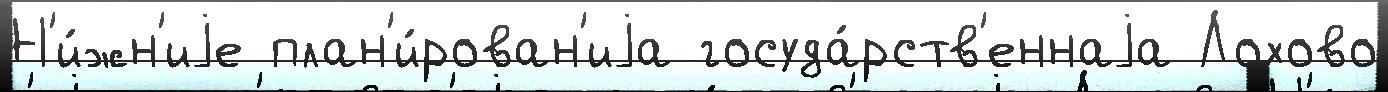
Н'и́жн'иjе план'и́рован'иjа госуда́рств'еннаjа Лохово